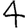
Digit: 4